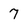
Character: 7